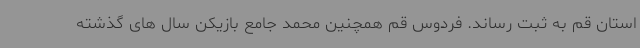
استان قم به ثبت رساند. فردوس قم همچنین محمد جامع بازیکن سال های گذشته